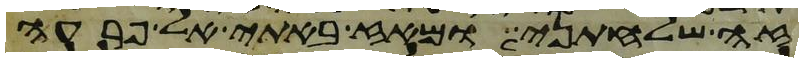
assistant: זה שלחתני ומאז באתי אל פרעה